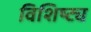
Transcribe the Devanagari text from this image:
विशिष्ट्य